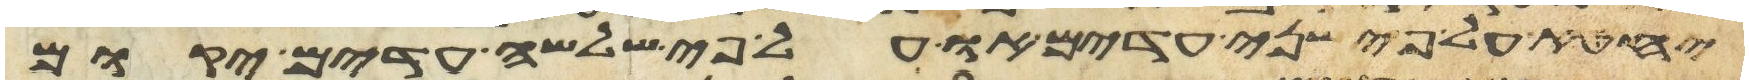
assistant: יחטא על פי שני עדים או על פי שלשה עדים יקום